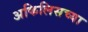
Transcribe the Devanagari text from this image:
अकिलिसच्या